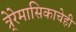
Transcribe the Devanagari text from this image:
त्रे्रेमासिकाचेही